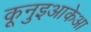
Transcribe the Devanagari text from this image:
कूनुइआकेआ